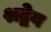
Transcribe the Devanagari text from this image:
श्रद्वेय